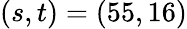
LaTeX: (s,t)=(55,16)